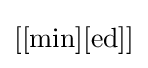
\left[[{\mbox{min}}][{\mbox{ed}}]\right]